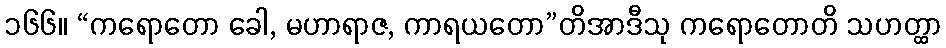
၁၆၆။ “ကရောတော ခေါ, မဟာရာဇ, ကာရယတော”တိအာဒီသု ကရောတောတိ သဟတ္ထာ